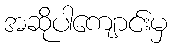
အဆိုပါကျောင်းမှ